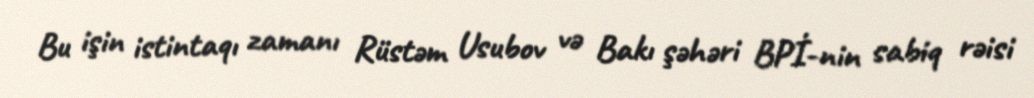
Bu işin istintaqı zamanı Rüstəm Usubov və Bakı şəhəri BPİ-nin sabiq rəisi